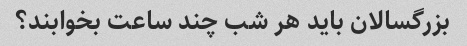
بزرگسالان باید هر شب چند ساعت بخوابند؟